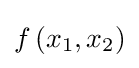
f\left(x_{1},x_{2}\right)